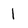
Character: 1